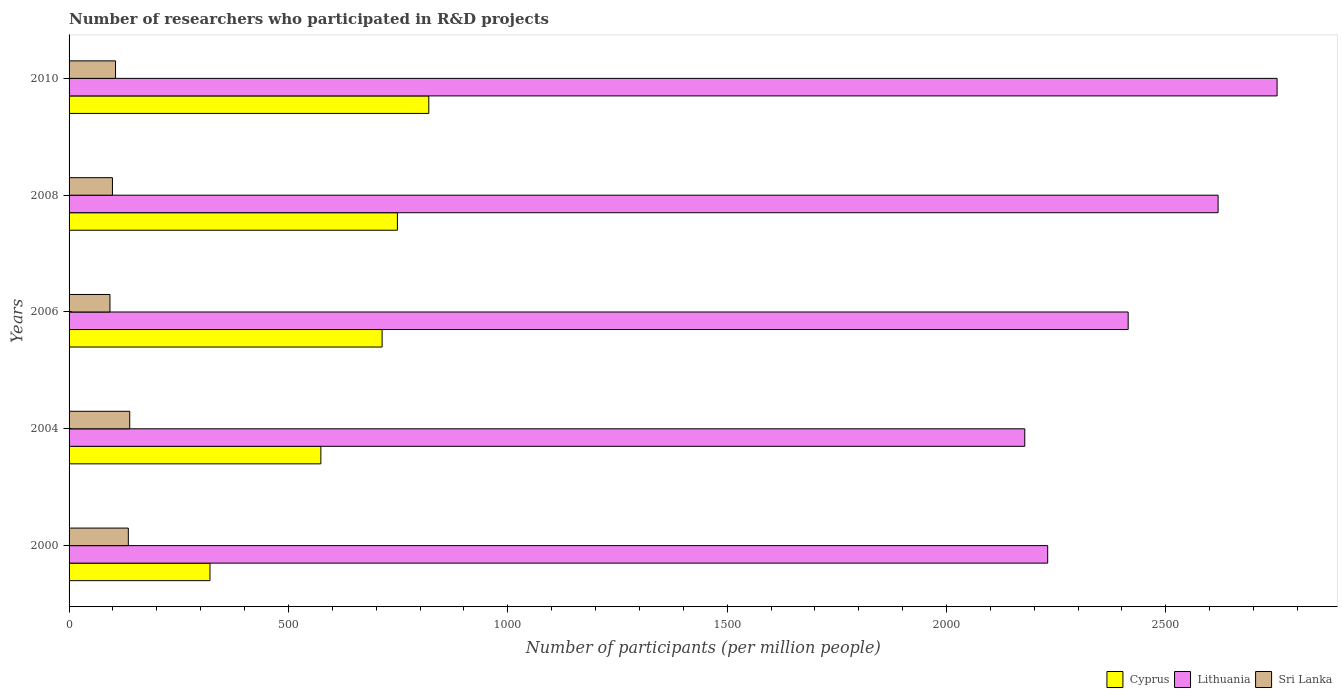
| Years | Cyprus | Lithuania | Sri Lanka |
 | --- | --- | --- | --- |
 | 2000 | 321 | 2.23e+03 | 135 |
 | 2004 | 574 | 2.18e+03 | 138 |
 | 2006 | 714 | 2.41e+03 | 93.2 |
 | 2008 | 748 | 2.62e+03 | 98.8 |
 | 2010 | 820 | 2.75e+03 | 106 |